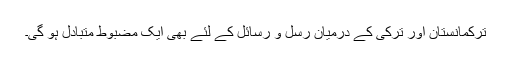
ترکمانستان اور ترکی کے درمیان رسل و رسائل کے لئے بھی ایک مضبوط متبادل ہو گی۔